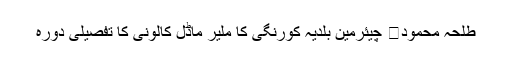
طلحہ محمود	 چیئرمین بلدیہ کورنگی کا ملیر ماڈل کالونی کا تفصیلی دورہ